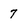
Character: 7